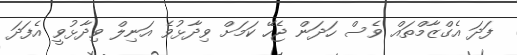
ފަދަ އެގްޒާމްތައް ވެސް ހަދަން ޖެހޭ ކަމަށް ވިދާޅުވެ އަނިލް ވިދާޅުވީ އެފަދަ